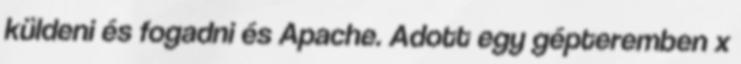
küldeni és fogadni és Apache. Adott egy gépteremben x